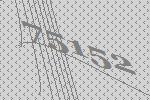
75152